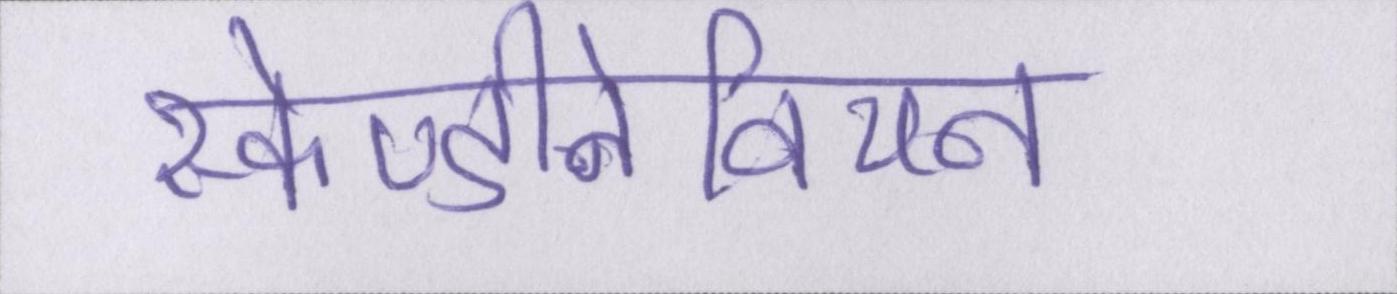
स्केण्डीनेवियन